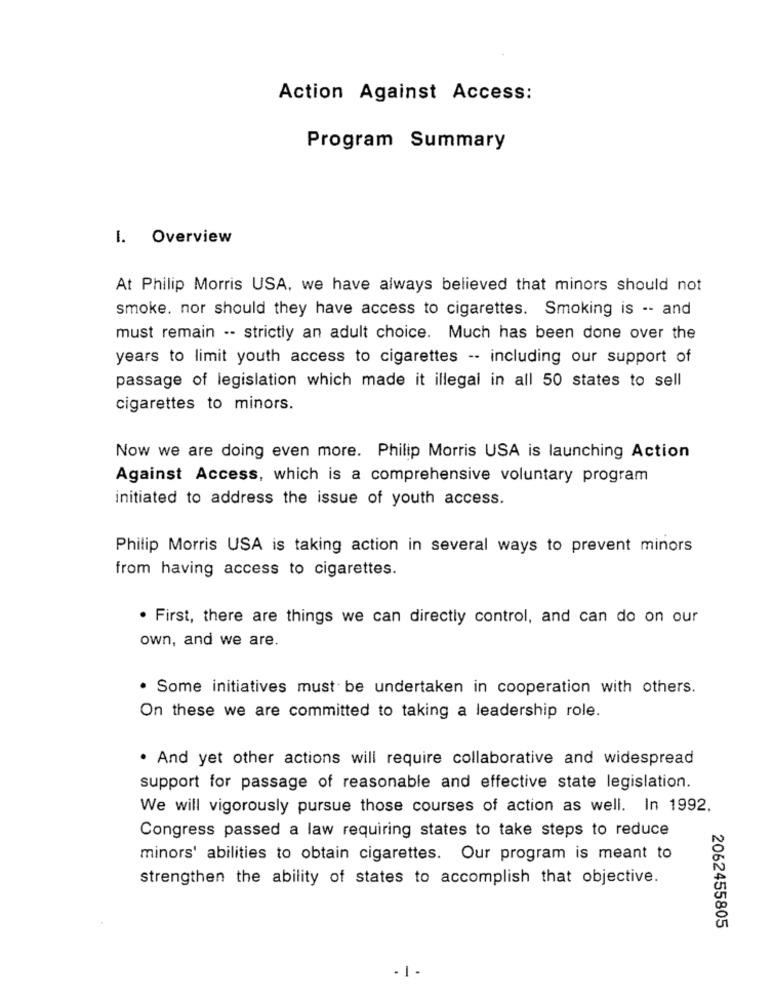
Action Against Access:
Program Summary
I. Overview
At Philip Morris USA, we have always believed that minors should not
smoke. nor should they have access to cigarettes. Smoking is -- and
must remain -- strictly an adult choice. Much has been done over the
years to limit youth access to cigarettes -- including our support of
passage of legislation which made it illegal in all 50 states to sell
cigarettes to minors.
Now we are doing even more. Philip Morris USA is launching Action
Against Access, which is a comprehensive voluntary program
initiated to address the issue of youth access.
Philip Morris USA is taking action in several ways to prevent minors
from having access to cigarettes.
. First, there are things we can directly control, and can do on our
own, and we are.
. Some initiatives must be undertaken in cooperation with others.
On these we are committed to taking a leadership role.
. And yet other actions will require collaborative and widespread
support for passage of reasonable and effective state legislation.
We will vigorously pursue those courses of action as well. In 1992.
Congress passed a law requiring states to take steps to reduce
minors' abilities to obtain cigarettes. Our program is meant to
strengthen the ability of states to accomplish that objective.
2062455805